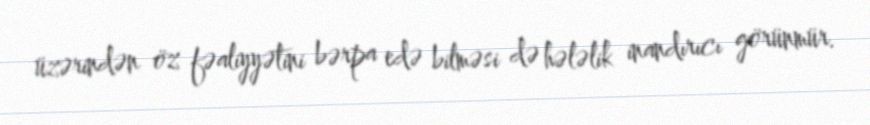
üzərindən öz fəaliyyətini bərpa edə bilməsi də hələlik inandırıcı görünmür.